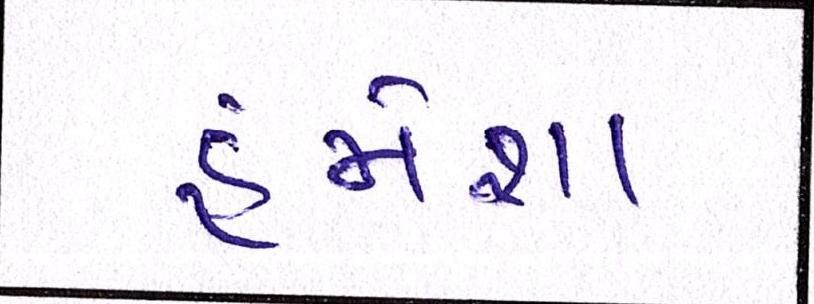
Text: હંમેશા